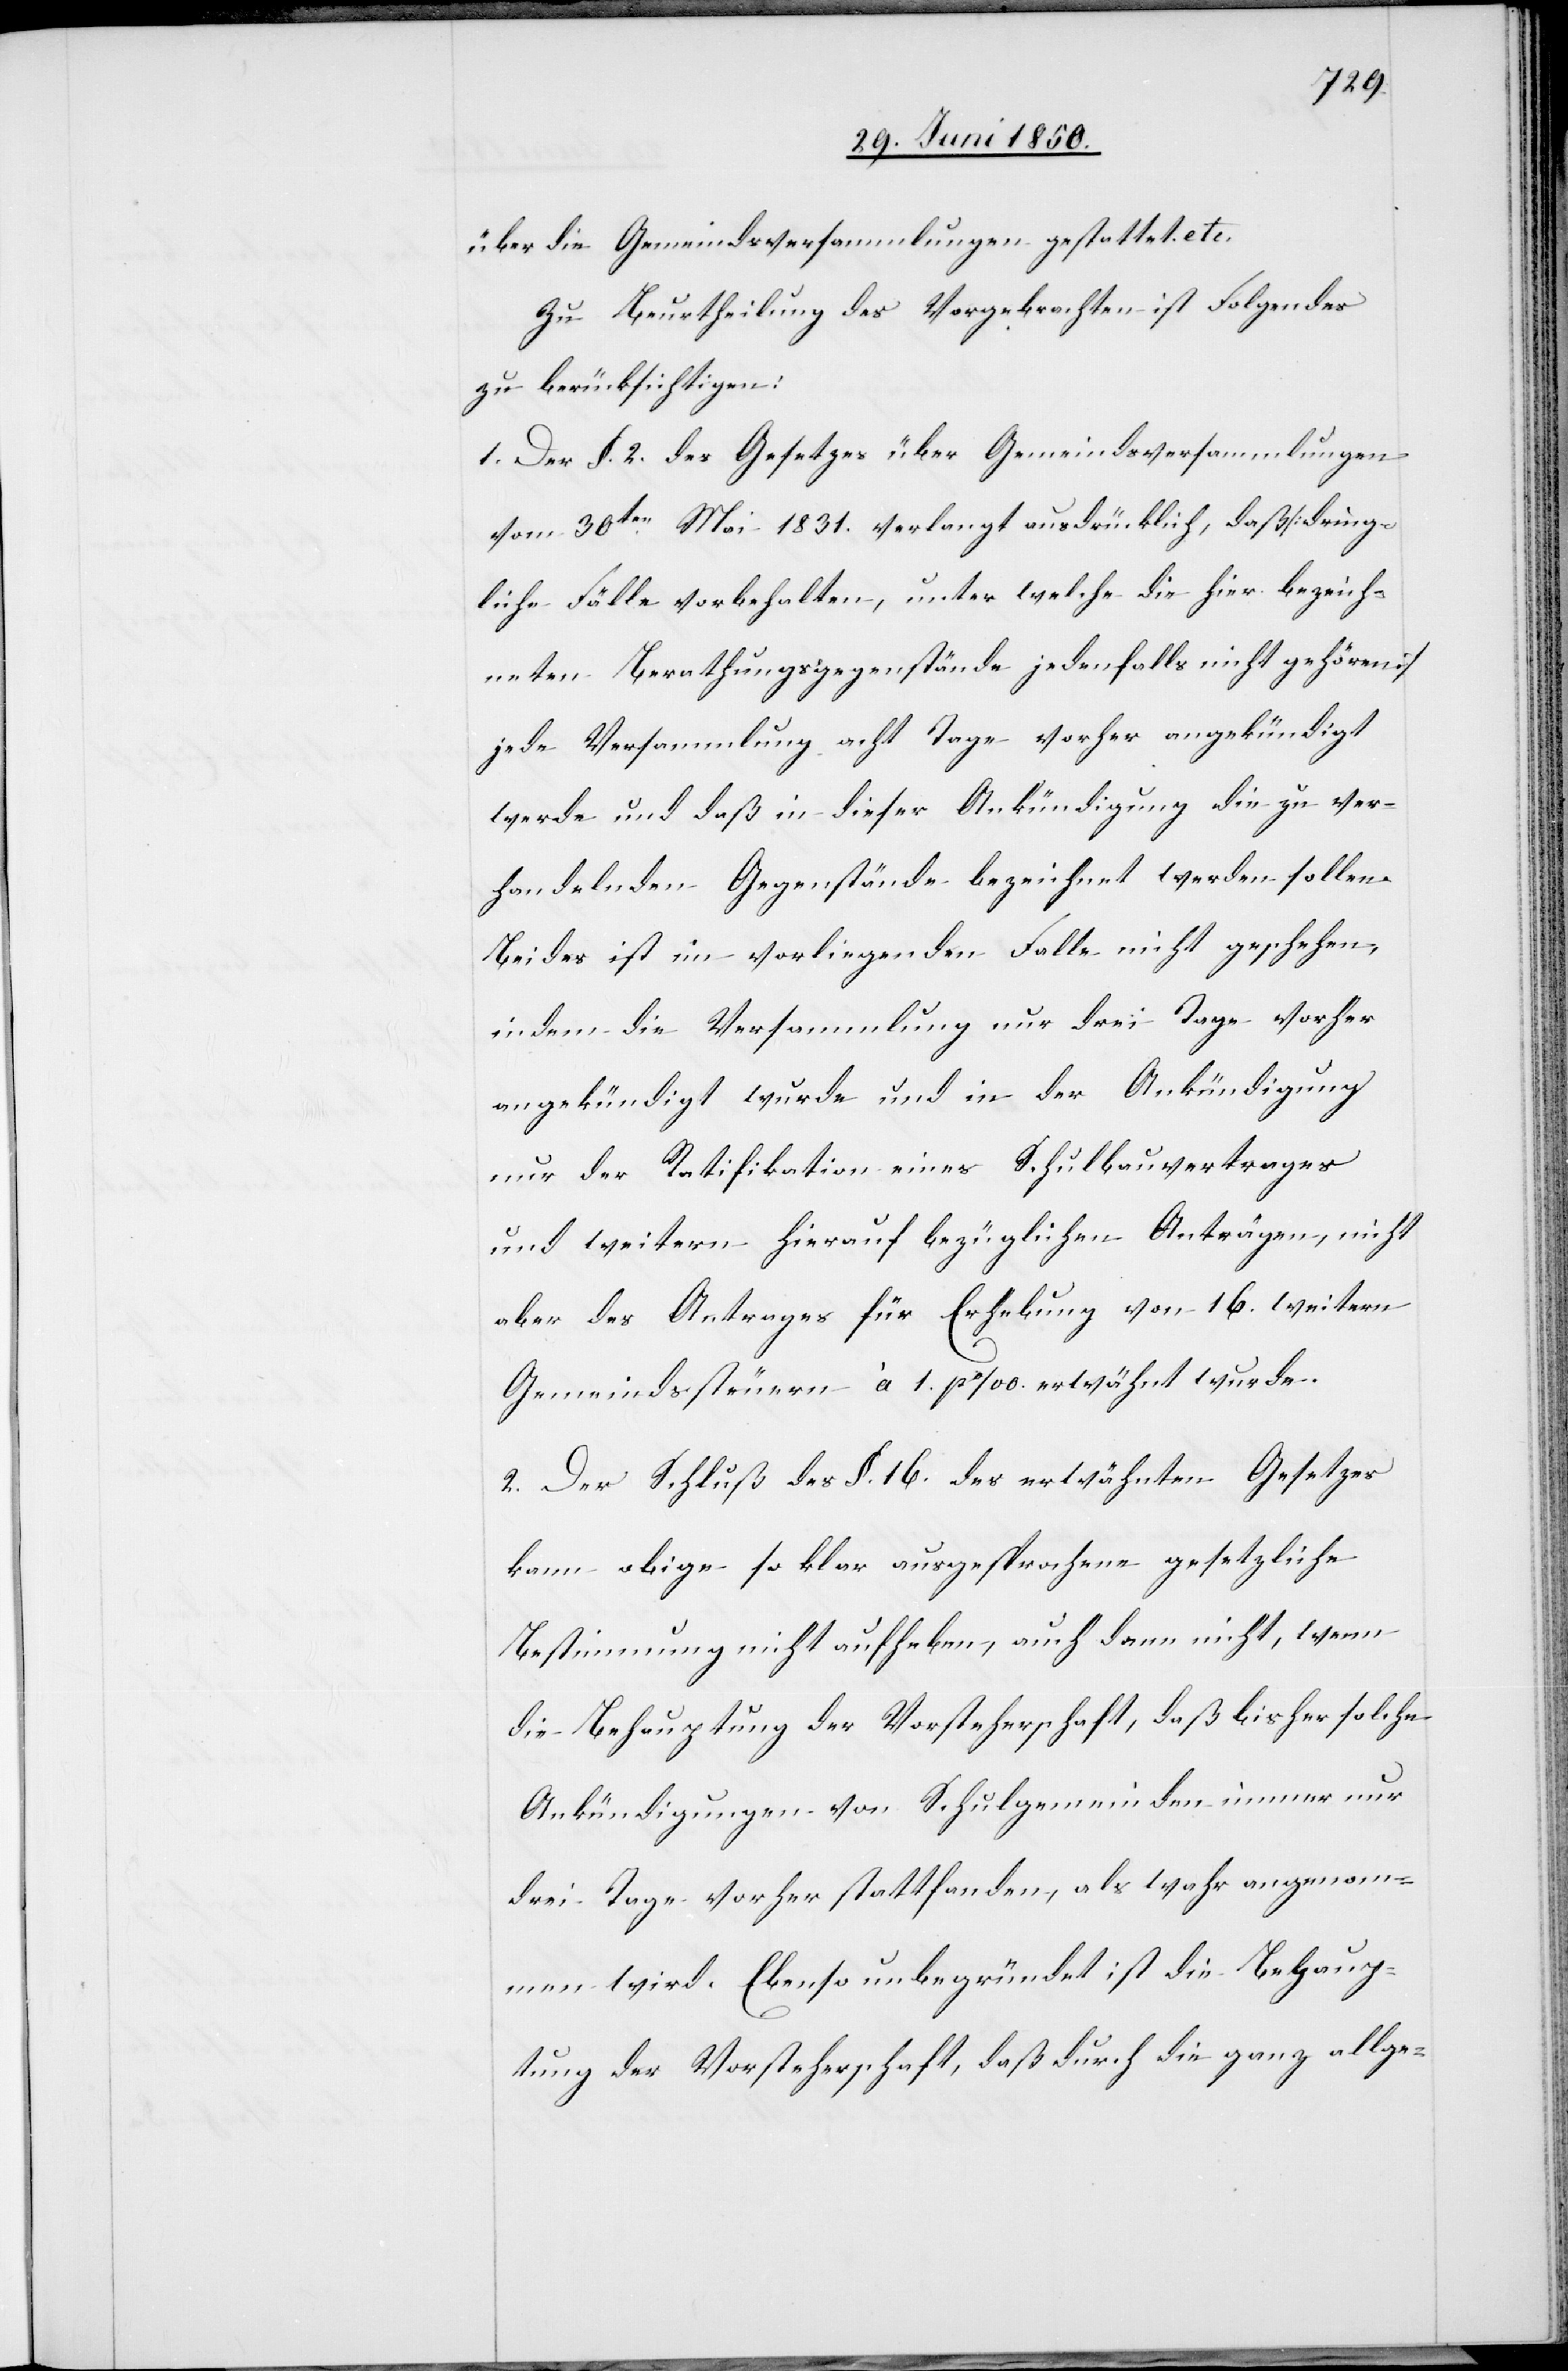
über die Gemeindsversammlungen gestattet etc.
Zu Beurtheilung des Vorgebrachten ist Folgendes
zu berücksichtigen:
1. der §. 2. des Gesetzes über Gemeindsversammlungen
vom 30ten Mai 1831. verlangt ausdrücklich, daß [dring¬
liche Fälle vorbehalten, unter welche die hier bezeich¬
neten Berathungsgegenstände jedenfalls nicht gehören]
jede Versammlung acht Tage vorher angekündigt
werde und daß in dieser Ankündigung die zu ver¬
handelnden Gegenstände bezeichnet werden sollen.
Beides ist im vorliegenden Falle nicht geschehen,
indem die Versammlung nur drei Tage vorher
angekündigt wurde und in der Ankündigung
nur der Ratifikation eines Schulbauvertrages
und weitern hierauf bezüglichen Anträgen, nicht
aber des Antrages für Erhebung von 16. weitern
Gemeindssteuern à 1 ‰ erwähnt wurde.
2. Der Schluß des §. 16. des erwähnten Gesetzes
kann obige so klar ausgesprochene gesetzliche
Bestimmung nicht aufheben, auch dann nicht, wenn
die Behauptung der Vorsteherschaft, daß bisher solche
Ankündigungen von Schulgemeinden immer nur
drei Tage vorher stattfanden, als wahr angenom¬
men wird. Ebenso unbegründet ist die Behaup¬
tung der Vorsteherschaft, daß durch die ganz allge-